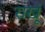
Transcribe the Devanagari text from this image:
राखूं